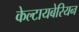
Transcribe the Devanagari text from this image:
केल्टायबेरियन